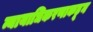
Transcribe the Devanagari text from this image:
न्यायाधिकरणाकडून